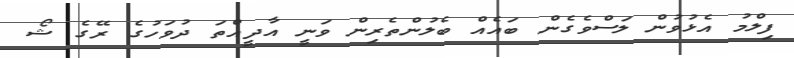
ފިލްމު އެޅުވުން ލަސްވެގެން ބައެއް ބެލުންތެރިން ވަނީ އާދީއްތަ ދުވަހުގެ ރޭގެ ޝޯ